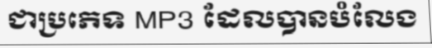
ជាប្រភេទ MP3 ដែលបានបំលែង